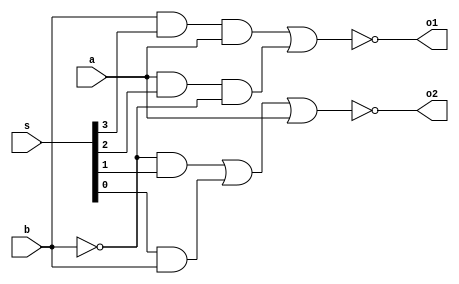
module Adder_SubModuel_L2 (a,b,s,o1,o2);
  input a,b;
  input [3:0] s;
  output o1,o2;
  wire b_inverse;
  wire temp1,temp2,temp3,temp4;


  assign b_inverse = ~b;

  assign temp1 = (b&s[3]&a);
  assign temp2 = (a&s[2]&b_inverse);
  assign temp3 = (b_inverse&s[1]);
  assign temp4 = (s[0]&b);


  assign o1 = ~(temp1|temp2);
  assign o2 = ~(temp3|temp4|a);



endmodule